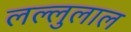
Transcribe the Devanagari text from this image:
लल्लुलाल